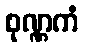
စုဏ္ဏကံ